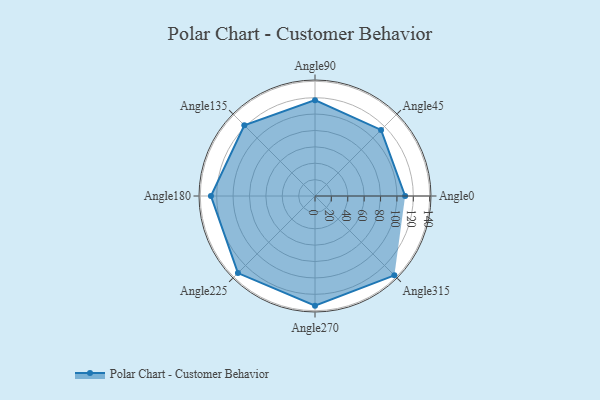
{"axis": {"x": "Angle", "y": "Radius"}, "legend": [""], "data": [{"x": "Angle0", "y": 110.0, "type": ""}, {"x": "Angle45", "y": 114.0, "type": ""}, {"x": "Angle90", "y": 117.0, "type": ""}, {"x": "Angle135", "y": 122.0, "type": ""}, {"x": "Angle180", "y": 127.0, "type": ""}, {"x": "Angle225", "y": 133.0, "type": ""}, {"x": "Angle270", "y": 134.0, "type": ""}, {"x": "Angle315", "y": 137.0, "type": ""}]}